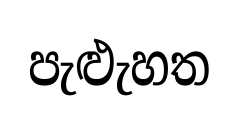
පැළුැහත